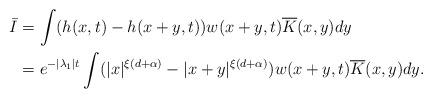
LaTeX: \begin{align*}\bar{I} &= \int (h (x,t) - h (x+y,t)) w(x+y,t) \overline{K}(x,y) dy \\&= e^{-|\lambda_1| t} \int (|x|^{\xi(d+\alpha)}-|x+y|^{\xi(d+\alpha)})w(x+y,t) \overline{K}(x,y) dy . \end{align*}